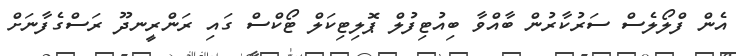
އެން ފްލޯލެސް ސަރުކާރުން ބާއްވާ ބިއުޓިފުލް ޕޮލިޓިކަލް ޓޯކްސް ގައި ރަންރީނދޫ ރަސްގެފާނަށް